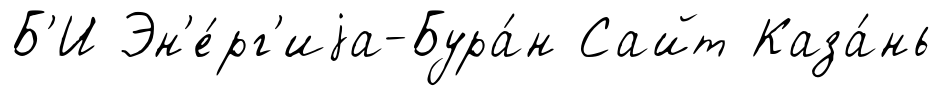
Б'И Эн'е́рг'иjа-Бура́н Сайт Каза́нь